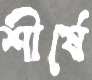
শীর্ষে